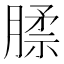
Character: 𰯊